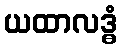
ယထာလဒ္ဓံ